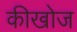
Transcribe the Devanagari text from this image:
कीखोज